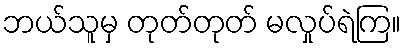
ဘယ်သူမှ တုတ်တုတ် မလှုပ်ရဲကြ။